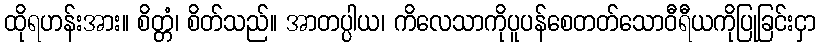
ထိုရဟန်းအား။ စိတ္တံ၊ စိတ်သည်။ အာတပ္ပါယ၊ ကိလေသာကိုပူပန်စေတတ်သောဝီရီယကိုပြုခြင်းငှာ